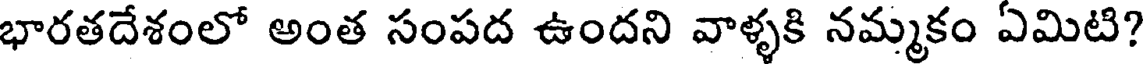
భారతదేశంలో అంత సంపద ఉందని వాళ్ళకి నమ్మకం ఏమిటి?